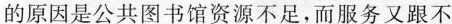
的原因是公共图书馆资源不足，而服务又跟不